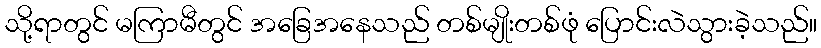
သို့ရာတွင် မကြာမီတွင် အခြေအနေသည် တစ်မျိုးတစ်ဖုံ ပြောင်းလဲသွားခဲ့သည်။